Report of the Indian Hemp Drugs Commission, 1894-1895 - Volume VI
Year: 1894
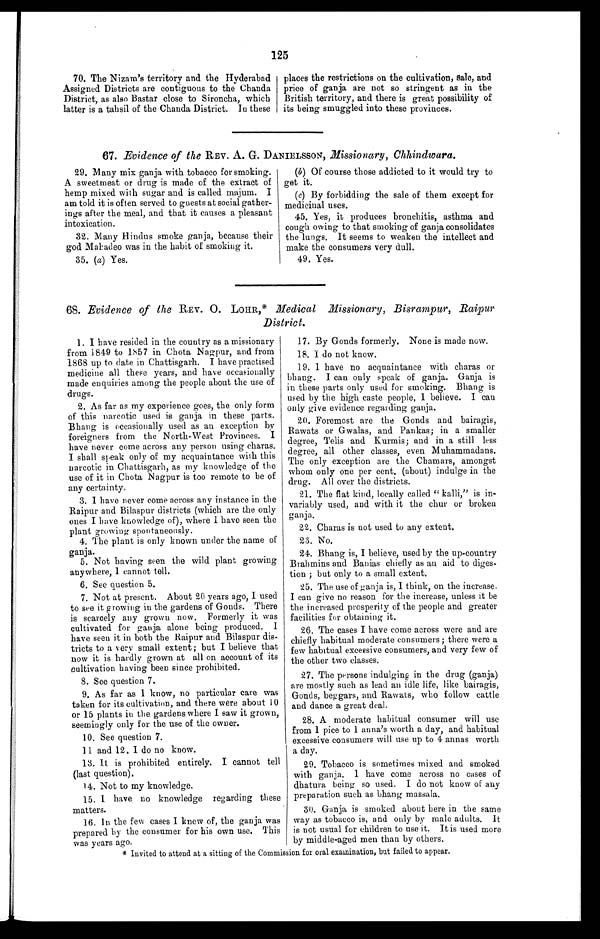
125
70. The Nizam's territory and the Hyderabad
Assigned Districts are contiguous to the Chanda
District, as also Bastar close to Sironcha, which
latter is a tahsil of the Chanda District. In these
places the restrictions on the cultivation, sale, and
price of ganja are not so stringent as in the
British territory, and there is great possibility of
its being smuggled into these provinces.
67. Evidence of the REV. A. G. DANIELSSON, Missionary, Chhindwara.
29. Many mix ganja with tobacco for smoking.
A sweetmeat or drug is made of the extract of
hemp mixed with sugar and is called majum. I
am told it is often served to guests at social gather
- i n g s a f t e r t h e m e a l , a n d t h a t i t c a u s e s a p l e a s a n t
intoxication.
32. Many Hindus smoke ganja, because their
god Mahadeo was in the habit of smoking it.
35. (a) Yes.
(b) Of course those addicted to it would try to
get it.
(c) By forbidding the sale of them except for
medicinal uses.
45. Yes, it produces bronchitis, asthma and
cough owing to that smoking of ganja consolidates
the lungs. It seems to weaken the intellect and
make the consumers very dull.
49. Yes.
68. Evidence of the REV. O. LOHR,* Medical Missionary, Bisrampur, Raipur
District.
1. I have resided in the country as a missionary
from 1849 to 1857 in Chota Nagpur, and from
1868 up to date in Chattisgarh. I have practised
medicine all these years, and have occasionally
made enquiries among the people about the use of
drugs.
2. As far as my experience goes, the only form
of this narcotic used is ganja in these parts.
Bhang is occasionally used as an exception by
foreigners from the North-West Provinces. I
have never come across any person using charas.
I shall speak only of my acquaintance with this
narcotic in Chattisgarh, as my knowledge of the
use of it in Chota Nagpur is too remote to be of
any certainty.
3. I have never come across any instance in the
Raipur and Bilaspur districts (which are the only
ones I have knowledge of), where I have seen the
plant growing spontaneously.
4. The plant is only known under the name of
ganja.
5. Not having seen the wild plant growing
anywhere, I cannot tell.
6. See question 5.
7. Not at present. About 20 years ago, I used
to see it growing in the gardens of Gonds. There
is scarcely any grown now. Formerly it was
cultivated for ganja alone being produced. I
have seen it in both the Raipur and Bilaspur dis
- t r i c t s t o a v e r y s m a l l e x t e n t ; b u t I b e l i e v e t h a t
now it is hardly grown at all on account of its
cultivation having been since prohibited.
8. See question 7.
9. As far as I know, no particular care was
taken for its cultivation, and there were about 10
or 15 plants in the gardens where I saw it grown,
seemingly only for the use of the owner.
10. See question 7.
11 and 12. I do no know.
13. It is prohibited entirely. I cannot tell
(last question).
14. Not to my knowledge.
15. I have no knowledge regarding these
matters.
16. In the few cases I knew of, the ganja was
prepared by the consumer for his own use. This
was years ago.
17. By Gonds formerly, None is made now.
18. I do not know.
19. I have no acquaintance with charas or
bhang. I can only speak of ganja. Ganja is
in these parts only used for smoking. Bhang is
used by the high caste people, I believe. I can
only give evidence regarding ganja.
20. Foremost are the Gonds and bairagis,
Rawats or Gwalas, and Pankas; in a smaller
degree, Telis and Kurmis; and in a still less
degree, all other classes, even Muhammadans.
The only exception are the Chamars, amongst
whom only one per cent. (about) indulge in the
drug. All over the districts.
21. The flat kind, locally called "kalli," is in
- v a r i a b l y u s e d , a n d w i t h i t t h e c h u r o r b r o k e n
ganja.
22. Charas is not used to any extent.
23. No.
24. Bhang is, I believe, used by the up-country
Brahmins and Banias chiefly as an aid to diges
- t i o n ; b u t o n l y t o a s m a l l e x t e n t .
25. The use of ganja is, I think, on the increase.
I can give no reason for the increase, unless it be
the increased prosperity of the people and greater
facilities for obtaining it.
26. The cases I have come across were and are
chiefly habitual moderate consumers; there were a
few habitual excessive consumers, and very few of
the other two classes.
27. The persons indulging in the drug (ganja)
are mostly such as lead an idle life, like bairagis,
Gonds, beggars, and Rawats, who follow cattle
and dance a great deal.
28. A moderate habitual consumer will use
from 1 pice to 1 anna's worth a day, and habitual
excessive consumers will use up to 4 annas worth
a day.
29. Tobacco is sometimes mixed and smoked
with ganja. I have come across no cases of
dhatura being so used. I do not know of any
preparation such as bhang massala.
30. Ganja is smoked about here in the same
way as tobacco is, and only by male adults. It
is not usual for children to use it. It is used more
by middle-aged men than by others.
* Invited to attend at a sitting of the Commission for oral examination, but failed to appear.